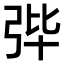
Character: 𪪼